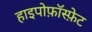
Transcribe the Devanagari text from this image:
हाइपोफ़ॉस्फ़ेट